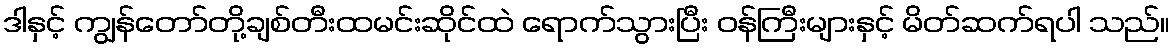
ဒါနှင့် ကျွန်တော်တို့ချစ်တီးထမင်းဆိုင်ထဲ ရောက်သွားပြီး ဝန်ကြီးများနှင့် မိတ်ဆက်ရပါ သည်။